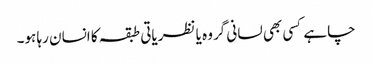
چاہے کسی بھی لسانی گروہ یا نظریاتی طبقہ کا انسان رہا ہو۔